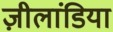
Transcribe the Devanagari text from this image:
ज़ीलांडिया